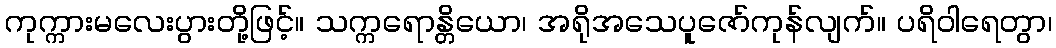
ကုက္ကားမလေးပွားတို့ဖြင့်။ သက္ကရောန္တိယော၊ အရိုအသေပူဇော်ကုန်လျက်။ ပရိဝါရေတွာ၊